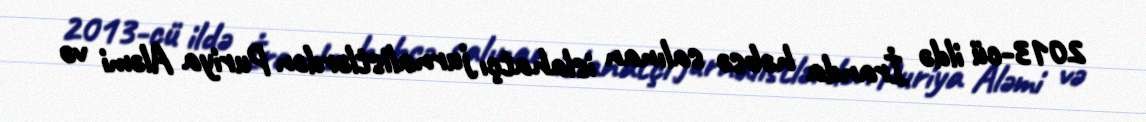
2013-cü ildə İranda həbsə salınan islahatçı jurnalistlərdən Puriya Aləmi və